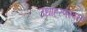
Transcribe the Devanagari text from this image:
उधाहरणस्वरुप